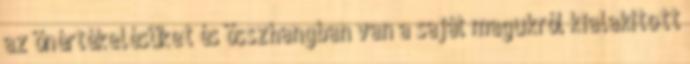
az önértékelésüket és összhangban van a saját magukról kialakított